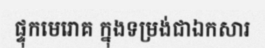
ផ្ទុកមេរោគ ក្នុងទម្រង់ជាឯកសារ